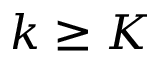
k \ge K